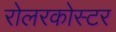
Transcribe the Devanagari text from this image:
रोलरकोस्टर